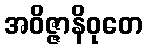
အဝိဇ္ဇာနိဝုတေ